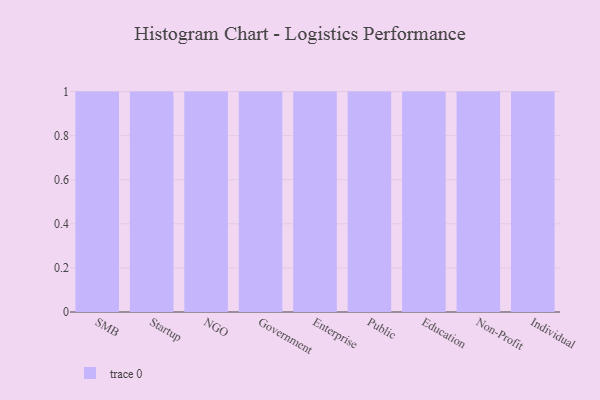
{"axis": {"x": "Segment", "y": "Inventory Turnover"}, "legend": [""], "data": [{"x": "SMB", "y": 2, "type": ""}, {"x": "Startup", "y": 19, "type": ""}, {"x": "NGO", "y": 94, "type": ""}, {"x": "Government", "y": 32, "type": ""}, {"x": "Enterprise", "y": 39, "type": ""}, {"x": "Public", "y": 64, "type": ""}, {"x": "Education", "y": 30, "type": ""}, {"x": "Non-Profit", "y": 65, "type": ""}, {"x": "Individual", "y": 78, "type": ""}]}